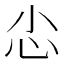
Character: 𢖿